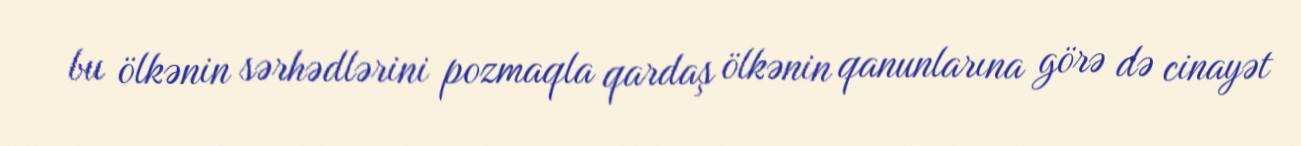
bu ölkənin sərhədlərini pozmaqla qardaş ölkənin qanunlarına görə də cinayət